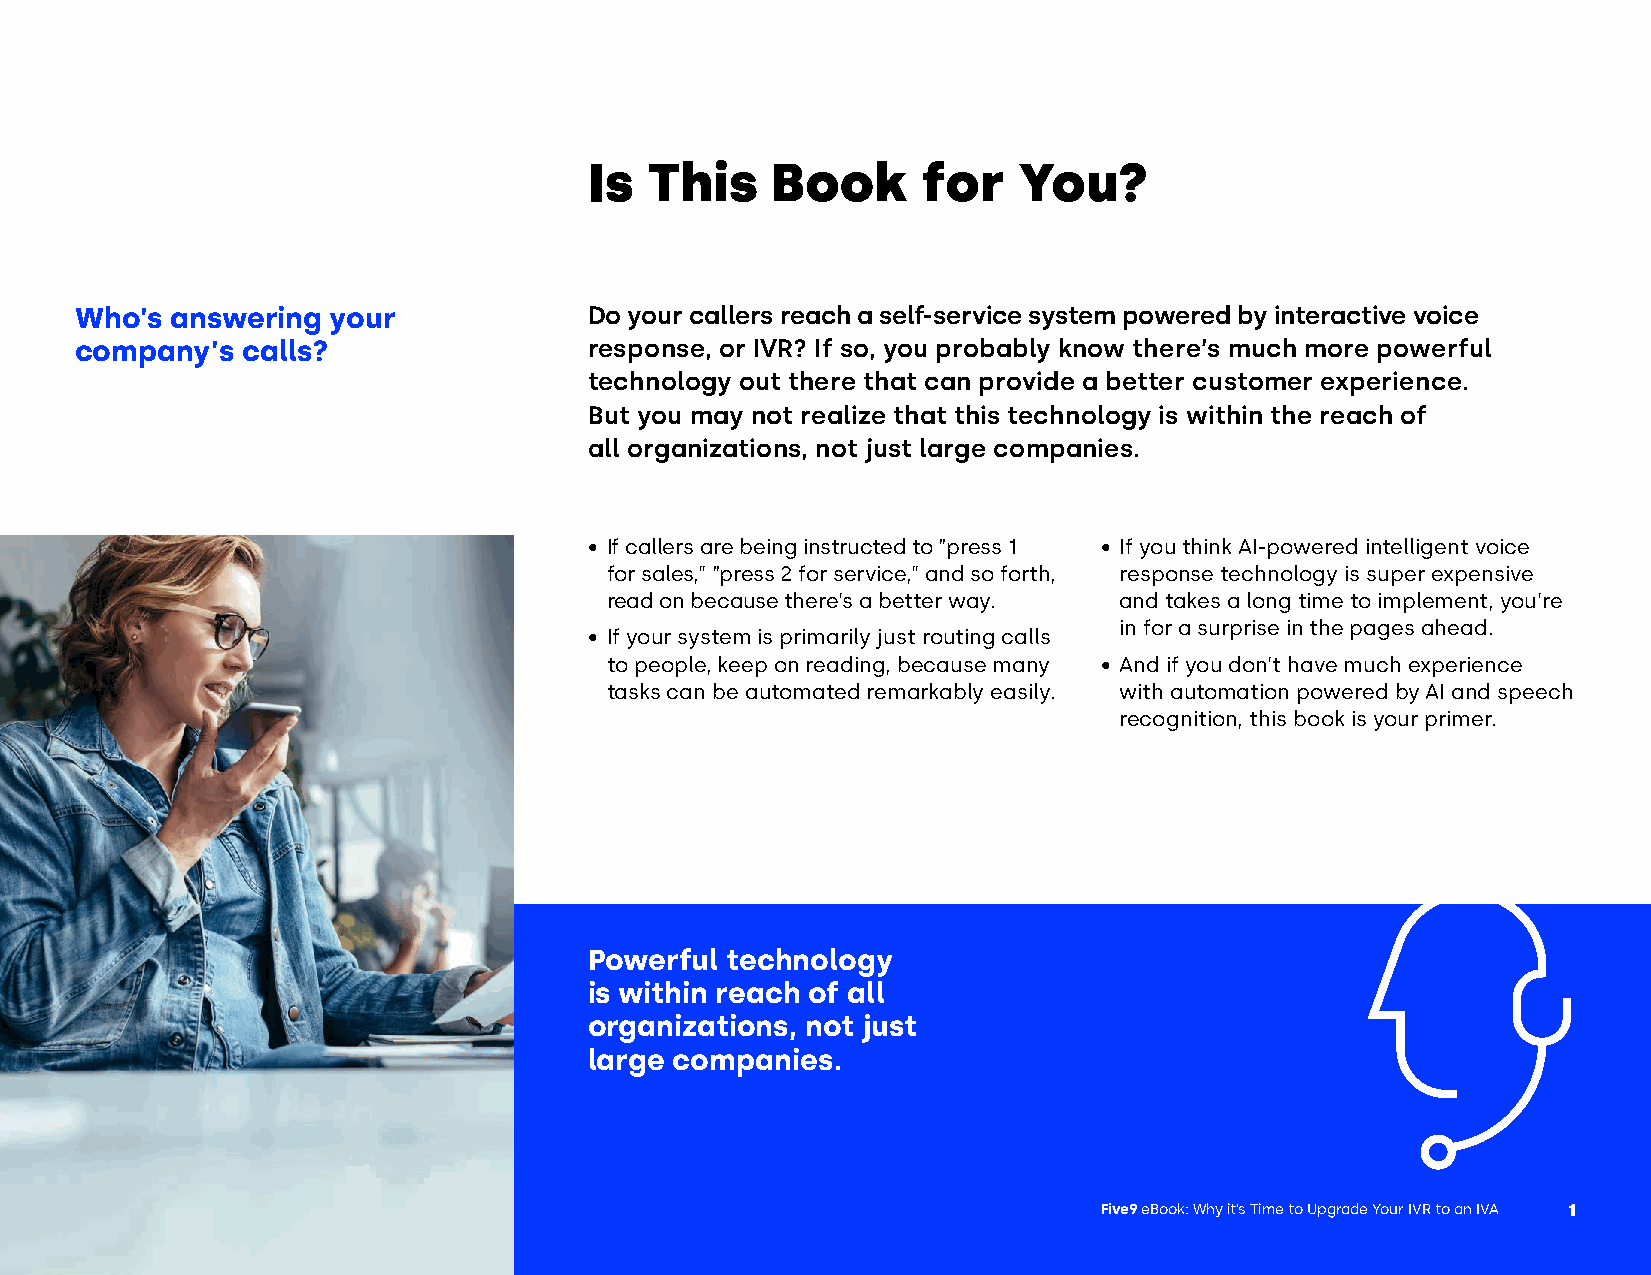
Is  This    Book      for   You?
 Who’s answering  your             Do your callers reach a self-service system powered by interactive voice
 company’s  calls?                 response, or IVR? If so, you probably know there’s much more powerful
 technology out there that can provide a better customer experience.
 But you may not realize that this technology is within the reach of
 all organizations, not just large companies.
 • If callers are being instructed to “press 1 • If you think AI-powered intelligent voice
 for sales,” “press 2 for service,” and so forth, response technology is super expensive
 read on because there’s a better way. and takes a long time to implement, you’re
 in for a surprise in the pages ahead.
 • If your system is primarily just routing calls
 to people, keep on reading, because many • And if you don’t have much experience
 tasks can be automated remarkably easily. with automation powered by AI and speech
 recognition, this book is your primer.
 Powerful technology
 is within reach of all
 organizations, not just
 large companies.
 Five9 eBook: Why it’s Time to Upgrade Your IVR to an IVA 1